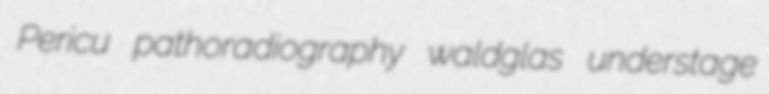
Pericu pathoradiography waldglas understage